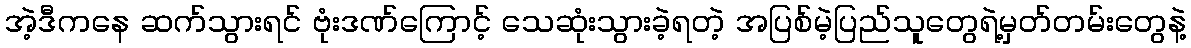
အဲ့ဒီကနေ ဆက်သွားရင် ဗုံးဒဏ်ကြောင့် သေဆုံးသွားခဲ့ရတဲ့ အပြစ်မဲ့ပြည်သူတွေရဲ့မှတ်တမ်းတွေနဲ့